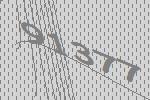
91377